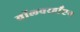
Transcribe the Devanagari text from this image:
वॉलवरहाँप्टन